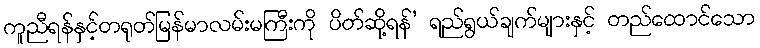
ကူညီရန်နှင့်တရုတ်မြန်မာလမ်းမကြီးကို ပိတ်ဆို့ရန်’ ရည်ရွယ်ချက်များနှင့် တည်ထောင်သော